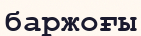
баржоғы